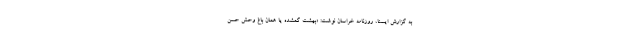
به گزارش ایسنا، روزنامه خراسان نوشت: «بهشت گمشده یا همان باغ وحش حسن